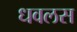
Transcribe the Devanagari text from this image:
धवलस